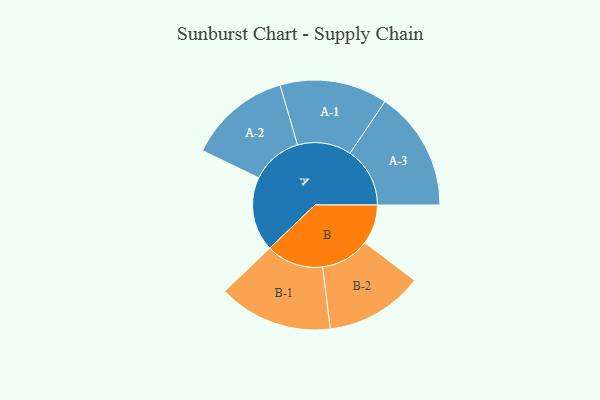
{"axis": {"x": "Segment", "y": "Value"}, "legend": ["", "A", "B"], "data": [{"x": "A", "y": 268, "type": ""}, {"x": "B", "y": 143, "type": ""}, {"x": "A-1", "y": 194, "type": "A"}, {"x": "A-2", "y": 185, "type": "A"}, {"x": "A-3", "y": 216, "type": "A"}, {"x": "B-1", "y": 206, "type": "B"}, {"x": "B-2", "y": 177, "type": "B"}]}